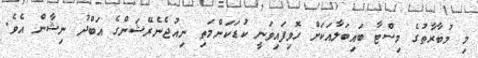
މި މުބާރާތުގެ މިސްޓާ ބައިބަލާއަކަށް ހޮވިފައިވަނީ ކުޑަކަންމަތި ނިއުޖެނެރޭޝަންގެ އަބްދު ނިޝާން އެވެ.